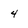
Character: 4